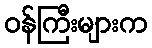
ဝန်ကြီးများက